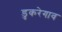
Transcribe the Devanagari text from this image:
डुकरेगाव